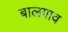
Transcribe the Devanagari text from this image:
बालगाव